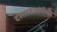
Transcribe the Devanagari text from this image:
दस्तावेजांपैकी